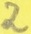
Text: 2